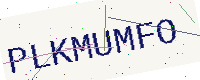
Text: PLKMUMFO